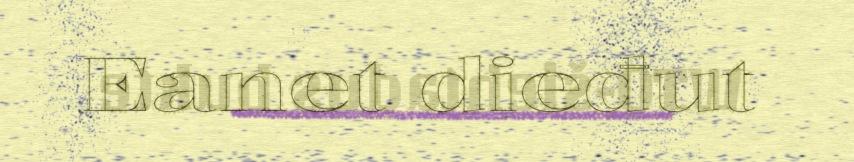
Eanet dieđut